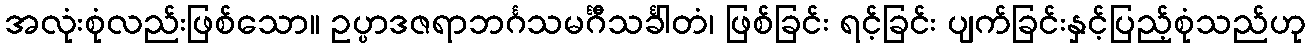
အလုံးစုံလည်းဖြစ်သော။ ဥပ္ပာဒဇရာဘင်္ဂသမင်္ဂီသင်္ခါတံ၊ ဖြစ်ခြင်း ရင့်ခြင်း ပျက်ခြင်းနှင့်ပြည့်စုံသည်ဟု